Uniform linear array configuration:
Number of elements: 24
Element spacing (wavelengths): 0.5
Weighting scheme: cosine
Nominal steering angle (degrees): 45
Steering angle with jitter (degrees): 45.668
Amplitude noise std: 0.05
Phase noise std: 0.05

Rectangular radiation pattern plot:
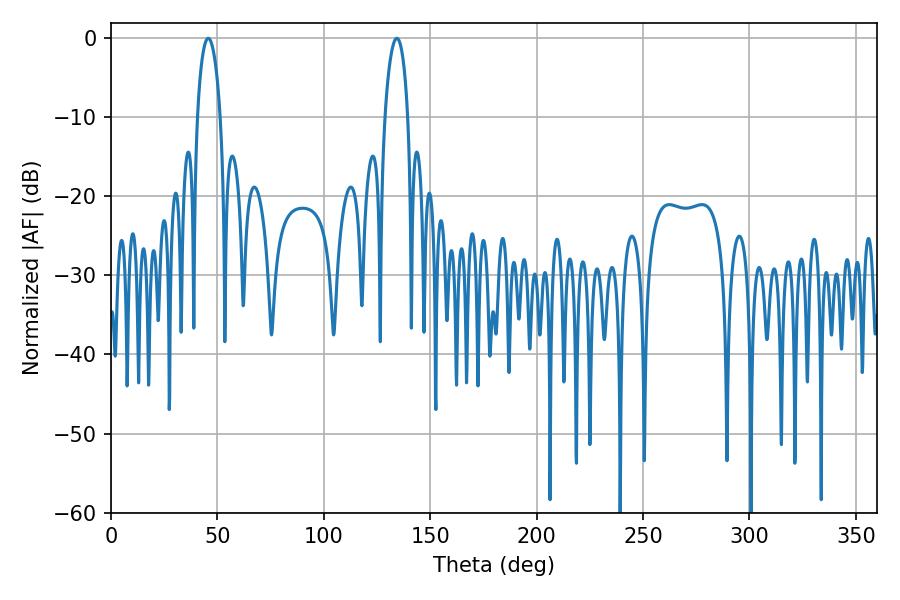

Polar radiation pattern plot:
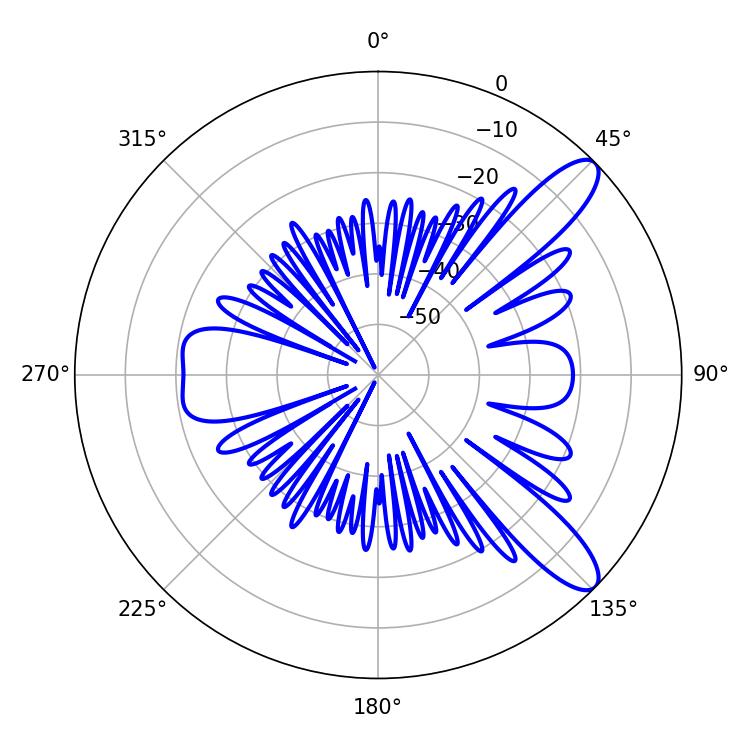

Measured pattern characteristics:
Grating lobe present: FALSE
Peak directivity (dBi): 10.731
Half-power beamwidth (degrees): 6.12
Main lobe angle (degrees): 45.72